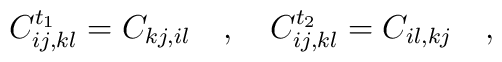
C^{t_{1}}_{ij,kl} = C_{kj,il} \quad , \quad C^{t_{2}}_{ij,kl} = C_{il,kj}\quad,